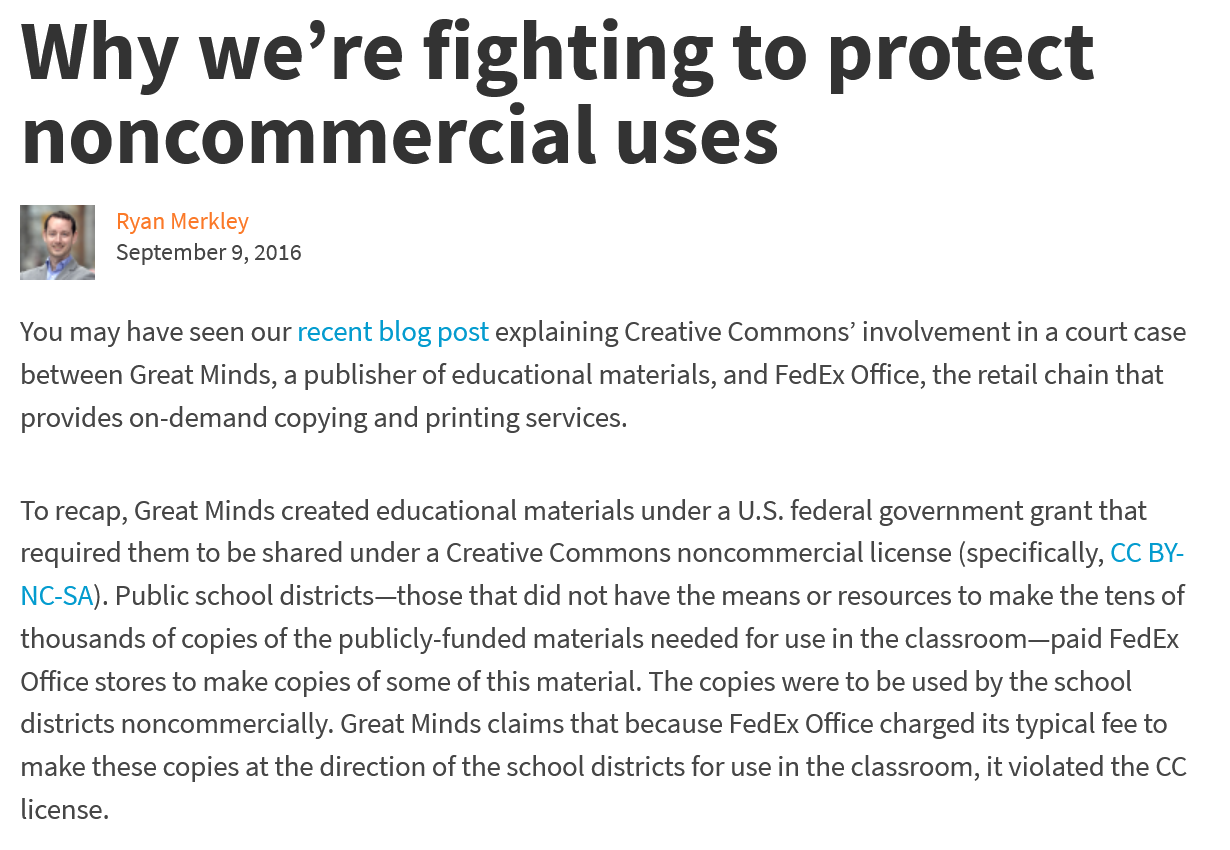
Why    we’re    fighting    to    protect
  noncommercial    uses
     Ryan Merkley
     September 9, 2016
  You may have seen our recent blog post explaining Creative Commons’ involvement in a court case
  between Great Minds, a publisher of educational materials, and FedEx Office, the retail chain that
  provides on-demand copying and printing services.
  To recap, Great Minds created educational materials under a U.S. federal government grant that
  required them to be shared under a Creative Commons noncommercial license (specifically, CC BY-
  NC-SA). Public school districts—those that did not have the means or resources to make the tens of
  thousands of copies of the publicly-funded materials needed for use in the classroom—paid FedEx
  Office stores to make copies of some of this material. The copies were to be used by the school
  districts noncommercially. Great Minds claims that because FedEx Office charged its typical fee to
  make these copies at the direction of the school districts for use in the classroom, it violated the CC
  license.